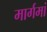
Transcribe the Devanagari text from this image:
मार्गमां